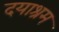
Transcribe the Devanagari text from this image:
दयाश्रम